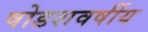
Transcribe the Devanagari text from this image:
षोडशवर्षीय